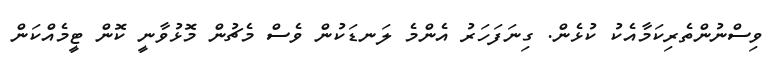
ވިސްނުންތެރިކަމާއެކު ކުޅެން. ގިނަފަހަރު އެންމެ ލަނޑަކުން ވެސް މެޗުން މޮޅުވާނީ ކޮން ޓީމެއްކަން